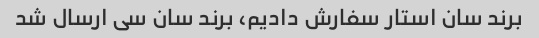
برند سان استار سفارش دادیم، برند سان سی ارسال شد